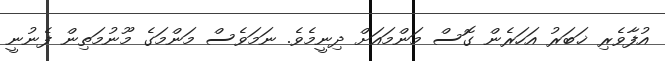
އުފާވެރި ޚަބަރު އަހަރެން ގޮސް މަންމައަށް ދިނީމެވެ. ނަމަވެސް މަންމަގެ މޫނުމަތިން ފެނުނީ